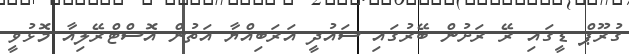
ގުރޫޕް ޑީގައި ރޭ ރަށުން ބޭރުގައި ސައުދީ އަރަބިއްޔާ އަތުން އޮސްޓްރޭލިއާ މޮޅުވީ